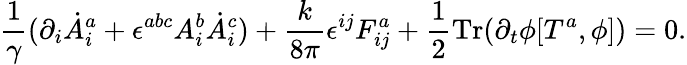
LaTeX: \frac{1}{\gamma}(\partial_{i}\dot{A}_{i}^{a}+\epsilon^{abc}A_{i}^{b}\dot{A}_{i}^{c})+\frac{k}{8\pi}\epsilon^{ij}F_{ij}^{a}+\frac{1}{2}\mathrm{Tr}(\partial_{t}\phi[T^{a},\phi])=0.